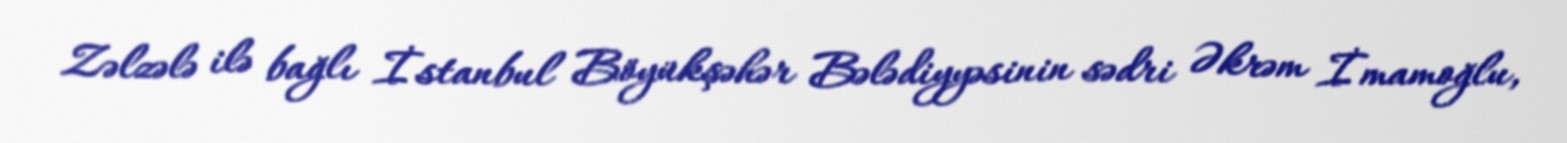
Zəlzələ ilə bağlı İstanbul Böyükşəhər Bələdiyyəsinin sədri Əkrəm İmamoğlu,